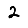
Digit: 2